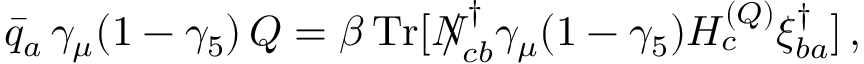
\bar { q } _ { a } \, \gamma _ { \mu } ( 1 - \gamma _ { 5 } ) \, Q = \beta \, \mathrm { T r } [ { N \! \! \! \! \slash } _ { c b } ^ { \, \dag } \gamma _ { \mu } ( 1 - \gamma _ { 5 } ) H _ { c } ^ { ( Q ) } \xi _ { b a } ^ { \dag } ] \, ,